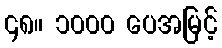
၄၈။ ၁၀၀၀ ပေအမြင့်